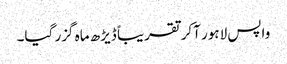
واپس لاہور آکر تقریباً ڈیڑھ ماہ گزر گیا۔